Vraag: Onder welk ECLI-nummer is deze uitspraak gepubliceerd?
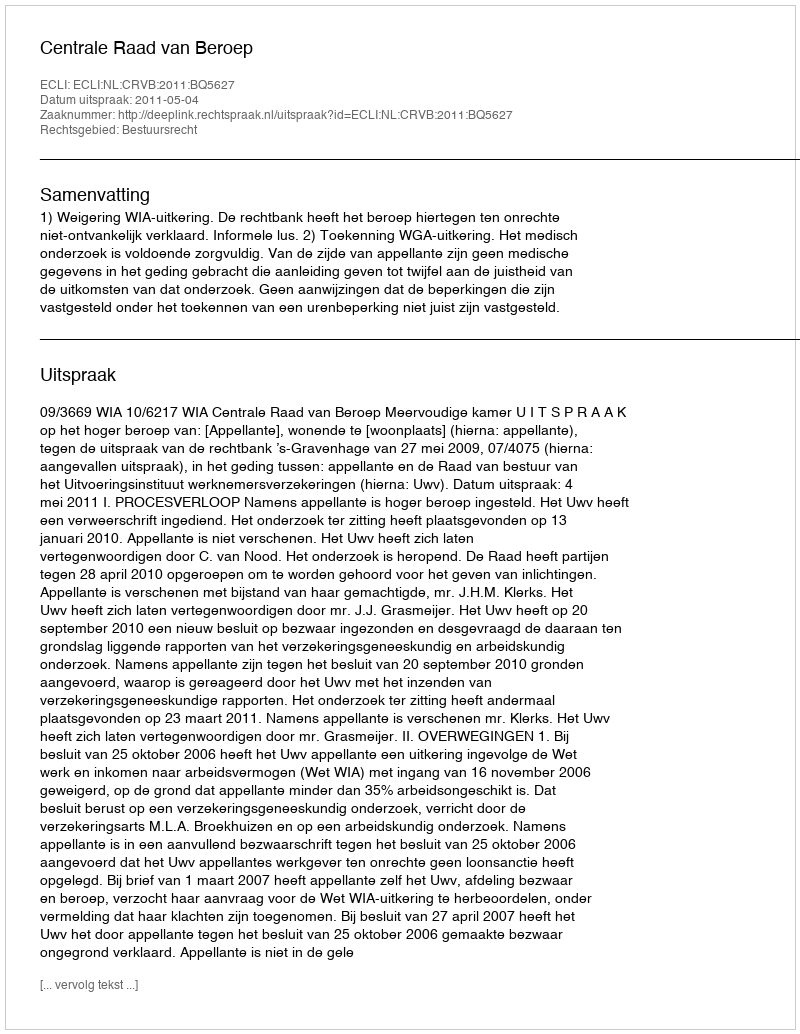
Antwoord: ECLI:NL:CRVB:2011:BQ5627